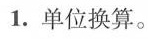
1.单位换算。